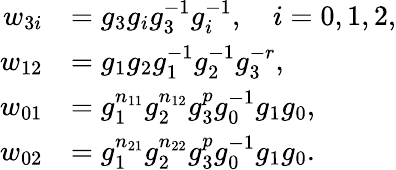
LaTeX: \begin{array}{rl}{w_{3i}}&{=g_{3}g_{i}g_{3}^{-1}g_{i}^{-1},\quad i=0,1,2,}\\ {w_{12}}&{=g_{1}g_{2}g_{1}^{-1}g_{2}^{-1}g_{3}^{-r},}\\ {w_{01}}&{=g_{1}^{n_{11}}g_{2}^{n_{12}}g_{3}^{p}g_{0}^{-1}g_{1}g_{0},}\\ {w_{02}}&{=g_{1}^{n_{21}}g_{2}^{n_{22}}g_{3}^{p}g_{0}^{-1}g_{1}g_{0}.}\end{array}